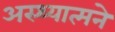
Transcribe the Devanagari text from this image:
अस्थ्यात्मने